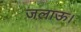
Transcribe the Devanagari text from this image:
जलाऊ।